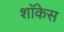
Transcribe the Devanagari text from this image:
शाॅकेस